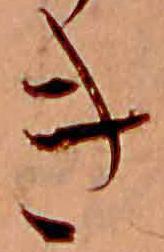
き